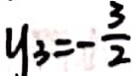
y _ { 3 } = - \frac { 3 } { 2 }